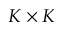
K \times K